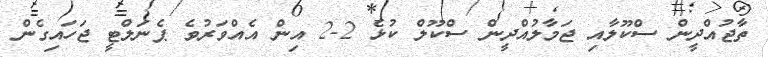
ތާޖުއްދީން ސްކޫލާއި ޖަމާލުއްދީން ސްކޫލް ކުޅެ 2-2 އިން އެއްވަރުވެ ޕެނަލްޓީ ޖަހައިގެން